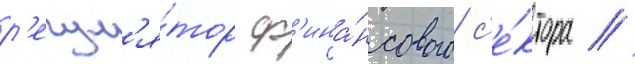
р'егул'я́тор ф'ина́нсового с'е́ктора //